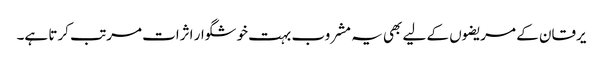
یرقان کے مریضوں کے لیے بھی یہ مشروب بہت خوشگوار اثرات مرتب کرتا ہے۔